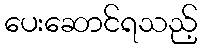
ပေးဆောင်ရသည့်